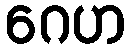
ဂေဟ